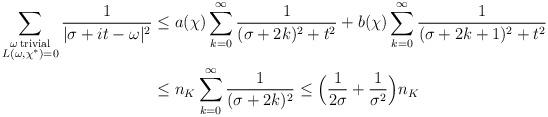
LaTeX: \begin{align*} \sum_{\substack{ \omega \, \mathrm{ trivial} \\ L(\omega, \chi^*) = 0} } \frac{1}{|\sigma+it-\omega|^2} & \leq a(\chi) \sum_{k=0}^{\infty} \frac{1}{(\sigma+2k)^2 + t^2} + b(\chi) \sum_{k=0}^{\infty} \frac{1}{(\sigma+2k+1)^2 +t^2} \\ & \leq n_K \sum_{k=0}^{\infty} \frac{1}{(\sigma+2k)^2} \leq \Big( \frac{1}{2\sigma} + \frac{1}{\sigma^2} \Big) n_K\end{align*}